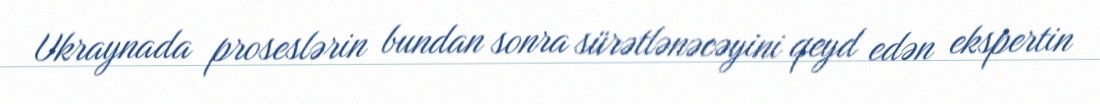
Ukraynada proseslərin bundan sonra sürətlənəcəyini qeyd edən ekspertin